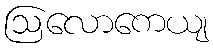
ဩလောကေယျ